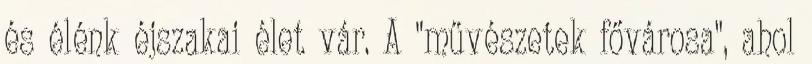
és élénk éjszakai élet vár. A "művészetek fővárosa", ahol